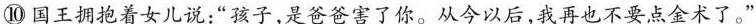
⑩国王拥抱着女儿说：”孩子，是爸爸害了你。从今以后，我再也不要点金术了。”